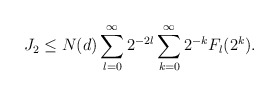
\begin{align*}&J_2 \le N (d) \sum_{l =0}^\infty 2^{ -2 l } \sum_{k = 0}^\infty 2^{-k} F_l (2^k).\end{align*}